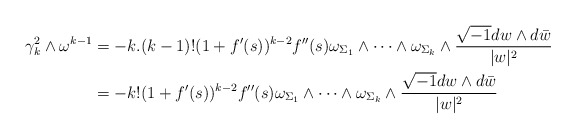
\begin{align*}\gamma_{k}^{2}\wedge\omega^{k-1}&=-k.(k-1)!(1+f'(s))^{k-2}f''(s)\omega_{\Sigma_{1}}\wedge\dots\wedge\omega_{\Sigma_{k}}\wedge\frac{\sqrt{-1}dw\wedge d\bar{w}}{\lvert w\rvert^{2}}\\&=-k!(1+f'(s))^{k-2}f''(s)\omega_{\Sigma_{1}}\wedge\dots\wedge\omega_{\Sigma_{k}}\wedge\frac{\sqrt{-1}dw\wedge d\bar{w}}{\lvert w\rvert^{2}}\end{align*}